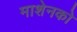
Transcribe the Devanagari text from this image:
माशेनको